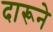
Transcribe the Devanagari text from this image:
दारूने